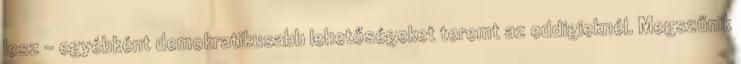
lesz – egyébként demokratikusabb lehetőségeket teremt az eddigieknél. Megszűnik